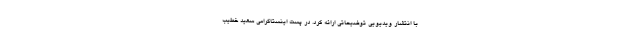
با انتشار ویدیویی توضیحاتی ارائه کرد. در پست اینستاگرامی سعید خطیب